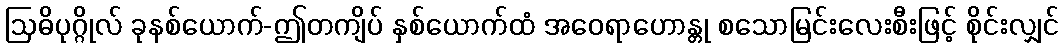
ဩဓိပုဂ္ဂိုလ် ခုနစ်ယောက်-ဤတကျိပ် နှစ်ယောက်ထံ အဝေရာဟောန္တု စသောမြင်းလေးစီးဖြင့် စိုင်းလျှင်